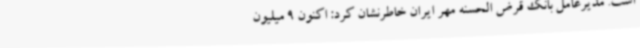
است. مدیرعامل بانک قرض الحسنه مهر ایران خاطرنشان کرد: اکنون 9 میلیون